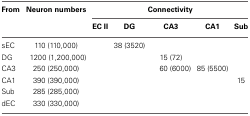
<table><thead><tr><td><b>From</b></td><td><b>Neuron numbers</b></td><td colspan="5"><b>Connectivity</b></td></tr><tr><td></td><td></td><td><b>EC II</b></td><td><b>DG</b></td><td><b>CA3</b></td><td><b>CA1</b></td><td><b>Sub</b></td></tr></thead><tbody><tr><td>sEC</td><td>110 (110,000)</td><td></td><td>38 (3520)</td><td></td><td></td><td></td></tr><tr><td>DG</td><td>1200 (1,200,000)</td><td></td><td></td><td>15 (72)</td><td></td><td></td></tr><tr><td>CA3</td><td>250 (250,000)</td><td></td><td></td><td>60 (6000)</td><td>85 (5500)</td><td></td></tr><tr><td>CA1</td><td>390 (390,000)</td><td></td><td></td><td></td><td></td><td>15</td></tr><tr><td>Sub</td><td>285 (285,000)</td><td></td><td></td><td></td><td></td><td></td></tr><tr><td>dEC</td><td>330 (330,000)</td><td></td><td></td><td></td><td></td><td></td></tr></tbody></table>